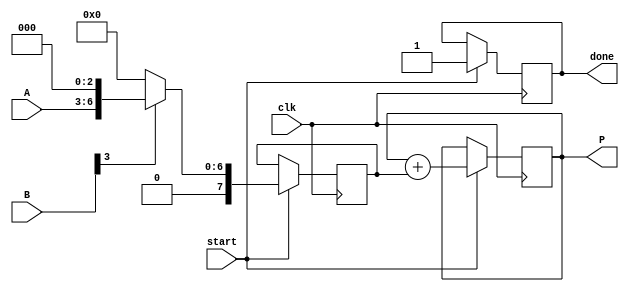
module VedicMultiplier #(
    parameter N = 4  // Can be set to any value for N-bit multiplication
)(
    input [N-1:0] A,
    input [N-1:0] B,
    input clk,
    input start,
    output reg [2*N-1:0] P,
    output reg done
);

reg [2*N-1:0] partial_products [0:N-1];
reg [N-1:0] B_temp;
integer i, j;

always @(posedge clk) begin
    if (start) begin
        // Reset outputs
        P <= 0;
        done <= 0;
        
        // Partial product generation
        for (i = 0; i < N; i = i + 1) begin
            if (B[i]) begin
                // Generate shifted version of A for the current bit of B
                partial_products[i] <= A << i;
            end else begin
                partial_products[i] <= 0;
            end
        end

        // Accumulate partial products
        for (i = 0; i < N; i = i + 1) begin
            P <= P + partial_products[i];
        end

        // Indicate that multiplication is done
        done <= 1;
    end
end

endmodule